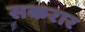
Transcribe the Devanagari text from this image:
सकरार